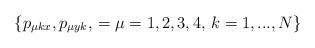
LaTeX: \begin{align*}\{p_{\mu kx},p_{\mu y k},\,=\mu=1,2,3,4,\,k=1,...,N\}\end{align*}